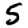
Digit: 5